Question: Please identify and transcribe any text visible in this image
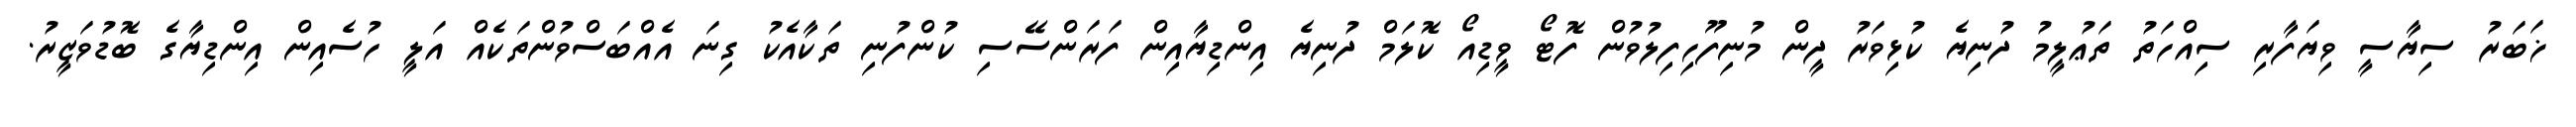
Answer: ޚަބަރު ސިޔާސީ ވިޔަފާރި ސިއްހަތު ތަޢުލީމު ދުނިޔެ ކުޅިވަރު ދީން މުނިފޫހިފިލުވުން ފޮޓޯ ވީޑިއޯ ކޮލަމް ދުނިޔެ އިންޑިޔާއިން ފަރަންސޭސި ކުންފުނި ތަކާއެކު ގިނަ އެއްބަސްވުންތަކެއް އަލީ ހުސެއިން އިންޑިޔާގެ ބޮޑުވަޒީރު.